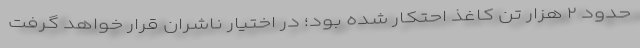
حدود ٢ هزار تن کاغذ احتکار شده بود؛ در اختیار ناشران قرار خواهد گرفت